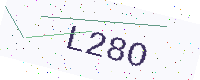
Text: L28O